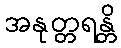
အနုတ္တရန္တိ